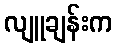
လျူချန်းက